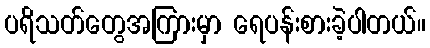
ပရိသတ်တွေအကြားမှာ ရေပန်းစားခဲ့ပါတယ်။